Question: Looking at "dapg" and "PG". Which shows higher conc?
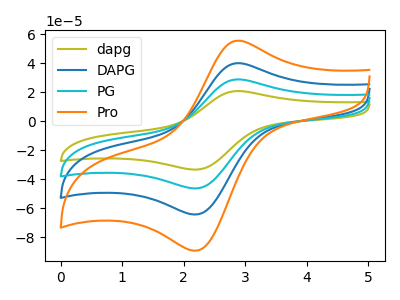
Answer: <think>The olive curve "dapg" has an anodic peak at (2.85V, 20.75uA) and a cathodic peak at (2.20V, -33.40uA). The blue curve "DAPG" has an anodic peak at (2.85V, 57.60uA) and a cathodic peak at (2.20V, -92.65uA). The cyan curve "PG" has an anodic peak at (2.85V, 28.80uA) and a cathodic peak at (2.20V, -46.35uA). The orange curve "Pro" has an anodic peak at (2.85V, 86.40uA) and a cathodic peak at (2.20V, -139.00uA).
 All the peaks in "dapg" have a peak in "PG" at the same potential. Every peak in "dapg" is lower than every peak in "PG".</think>
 <answer>"dapg" has less signal than "PG" and so likely has a lower concentration.</answer>
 <eval>less_concentration</eval>